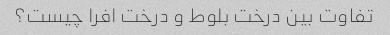
تفاوت بین درخت بلوط و درخت افرا چیست؟